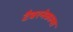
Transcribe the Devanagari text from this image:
टैबरनेकल्स